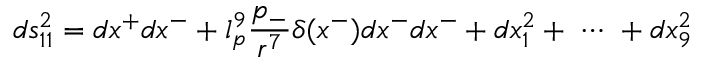
d s _ { 1 1 } ^ { 2 } = d x ^ { + } d x ^ { - } + l _ { p } ^ { 9 } \frac { p _ { - } } { r ^ { 7 } } \delta ( x ^ { - } ) d x ^ { - } d x ^ { - } + d x _ { 1 } ^ { 2 } + \ \cdots \ + d x _ { 9 } ^ { 2 }